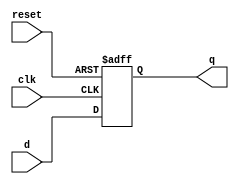
module d_flip_flop (
    input wire clk,        // Clock input
    input wire reset,      // Asynchronous reset input
    input wire d,          // Data input
    output reg q           // Data output
);

// Always block sensitive to the negative edge of the clock
always @(negedge clk or posedge reset) begin
    if (reset) begin
        // Asynchronous reset: set output to 0
        q <= 1'b0;
    end else begin
        // On the negative edge of the clock, capture the input data
        q <= d;
    end
end

endmodule